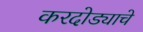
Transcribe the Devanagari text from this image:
करदोड्याचे